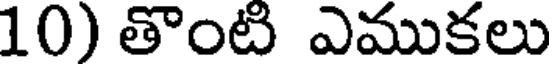
10) తొంటి ఎముకలు